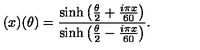
( x ) ( \theta ) = \frac { \sinh \left( \frac { \theta } { 2 } + \frac { i \pi x } { 6 0 } \right) } { \sinh \left( \frac { \theta } { 2 } - \frac { i \pi x } { 6 0 } \right) } .